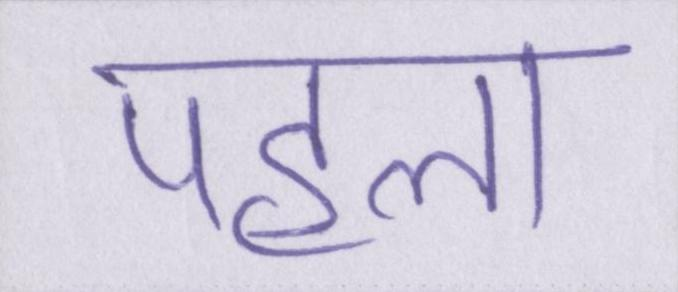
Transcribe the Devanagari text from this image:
पहला